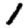
Digit: 1